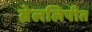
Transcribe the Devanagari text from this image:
ब्रेललिपीत